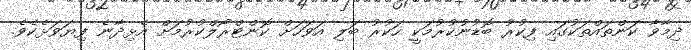
ދިމާވާ ކަންތައްތަކުގައި ފިކުރު ބޮޑުނުކުރުމަކީ ހަކުރު ބަލި އަވަހަށް ކޮންޓްރޯލްކުރުމަށް އެޅިދާނެ ފިޔަވަޅެކެވެ.